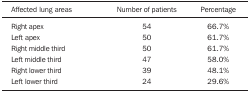
<table><thead><tr><td><b>Affected lung areas</b></td><td><b>Number of patients</b></td><td><b>Percentage</b></td></tr></thead><tbody><tr><td>Right apex</td><td>54</td><td>66.7%</td></tr><tr><td>Left apex</td><td>50</td><td>61.7%</td></tr><tr><td>Right middle third</td><td>50</td><td>61.7%</td></tr><tr><td>Left middle third</td><td>47</td><td>58.0%</td></tr><tr><td>Right lower third</td><td>39</td><td>48.1%</td></tr><tr><td>Left lower third</td><td>24</td><td>29.6%</td></tr></tbody></table>